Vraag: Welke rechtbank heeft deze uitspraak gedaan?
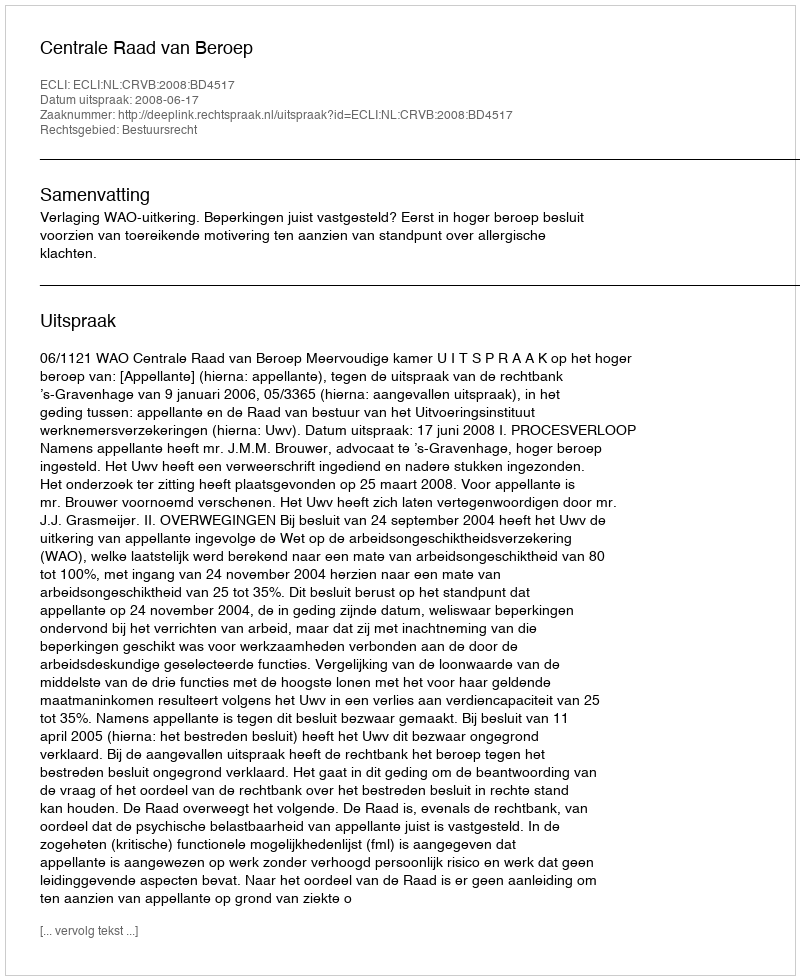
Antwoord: Centrale Raad van Beroep